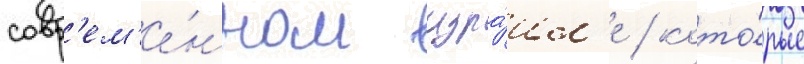
совр'ем'е́нном изра́ил'е / кото́рые